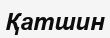
Қатшин